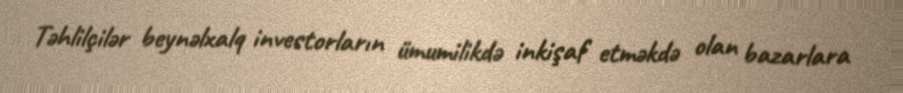
Təhlilçilər beynəlxalq investorların ümumilikdə inkişaf etməkdə olan bazarlara